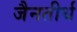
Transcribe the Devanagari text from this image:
जैनतीर्थ